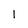
Character: l